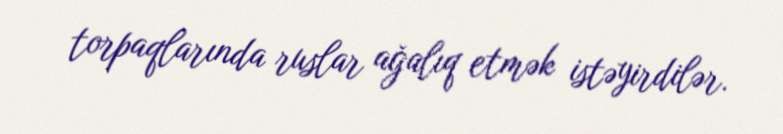
torpaqlarında ruslar ağalıq etmək istəyirdilər.